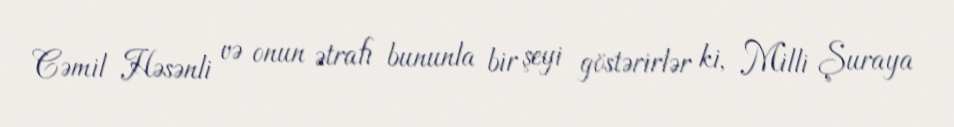
Cəmil Həsənli və onun ətrafı bununla bir şeyi göstərirlər ki, Milli Şuraya